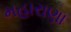
મહારાણા